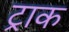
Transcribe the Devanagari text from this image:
ट्राक